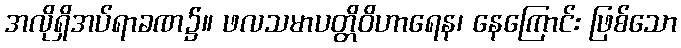
အလိုရှိအပ်ရာခဏ၌။ ဖလသမာပတ္တိဝိဟာရေန၊ နေကြောင်း ဖြစ်သော